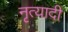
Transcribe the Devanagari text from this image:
नृत्यादी